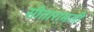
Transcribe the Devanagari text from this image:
सीतारामजी